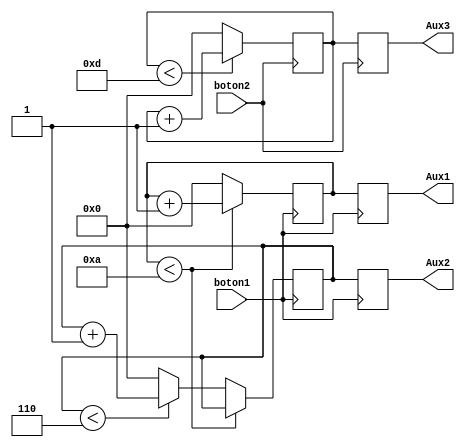
`timescale 1ns / 1ps
//////////////////////////////////////////////////////////////////////////////////
// Company: 
// Engineer: 
// 
// Design Name: 
// Module Name:    Contador 
// Project Name: 
// Target Devices: 
// Tool versions: 
// Description: 
//
// Dependencies: 
//
// Revision: 
// Revision 0.01 - File Created
// Additional Comments: 
//
//////////////////////////////////////////////////////////////////////////////////
module Contador(boton1,boton2, Aux1, Aux2, Aux3); 
   
	input boton1, boton2;
	output reg [3:0] Aux1, Aux2, Aux3;
	
	reg [3:0] count1, count2, count3 = 0 ;

   always @(posedge boton1)
		    begin
			 if (count1<4'b1010)
				  begin 
				  count1 <= count1+1;	
					end
			 else begin 
					count1 <=  0;				
					if (count2<4'b0110)
						 begin
						 count2 <= count2+1;	
						 end
					else begin
						  count2 <= 0;
					end 	
				end
					
			Aux1 = count1;
         Aux2 = count2;
  end	 
  
  always @(posedge boton2)
		    begin
			 if (count3<4'b1101)
				  begin 
				  count3 <= count3+1;	
			end
			else begin 
				  count3 <=  0;				
			end 	
					
			Aux3 = count3;
  end	   
   	
endmodule